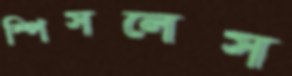
স্পিসলেস